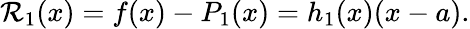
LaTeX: \mathcal{R}_{1}(x)=f(x)-P_{1}(x)=h_{1}(x)(x-a).